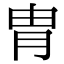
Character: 胄